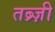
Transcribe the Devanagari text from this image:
तब्र्ज़ी